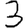
Digit: 3